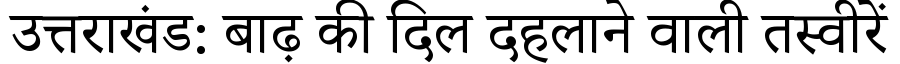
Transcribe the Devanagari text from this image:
उत्तराखंड: बाढ़ की दिल दहलाने वाली तस्वीरें